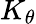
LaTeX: K_{\theta}